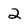
Character: 2